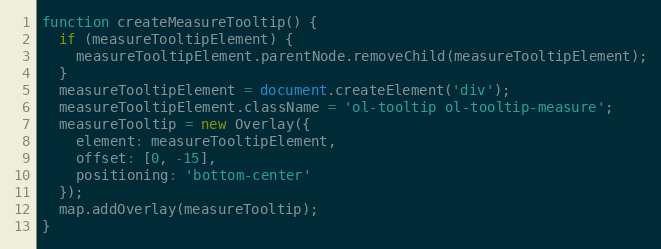
Language: JavaScript
function createMeasureTooltip() {
  if (measureTooltipElement) {
    measureTooltipElement.parentNode.removeChild(measureTooltipElement);
  }
  measureTooltipElement = document.createElement('div');
  measureTooltipElement.className = 'ol-tooltip ol-tooltip-measure';
  measureTooltip = new Overlay({
    element: measureTooltipElement,
    offset: [0, -15],
    positioning: 'bottom-center'
  });
  map.addOverlay(measureTooltip);
}